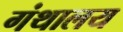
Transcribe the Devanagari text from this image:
गंथालय